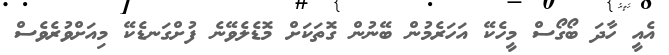
އެއީ ހާދަ ބޯގޯސް މީހެކޭ އަހަރެމުން ބޭނުން ގޮތަކަށް މޮޑެލެވޭނެ ފުށްގަނޑެކޭ މިއަށްވުރެވެސް